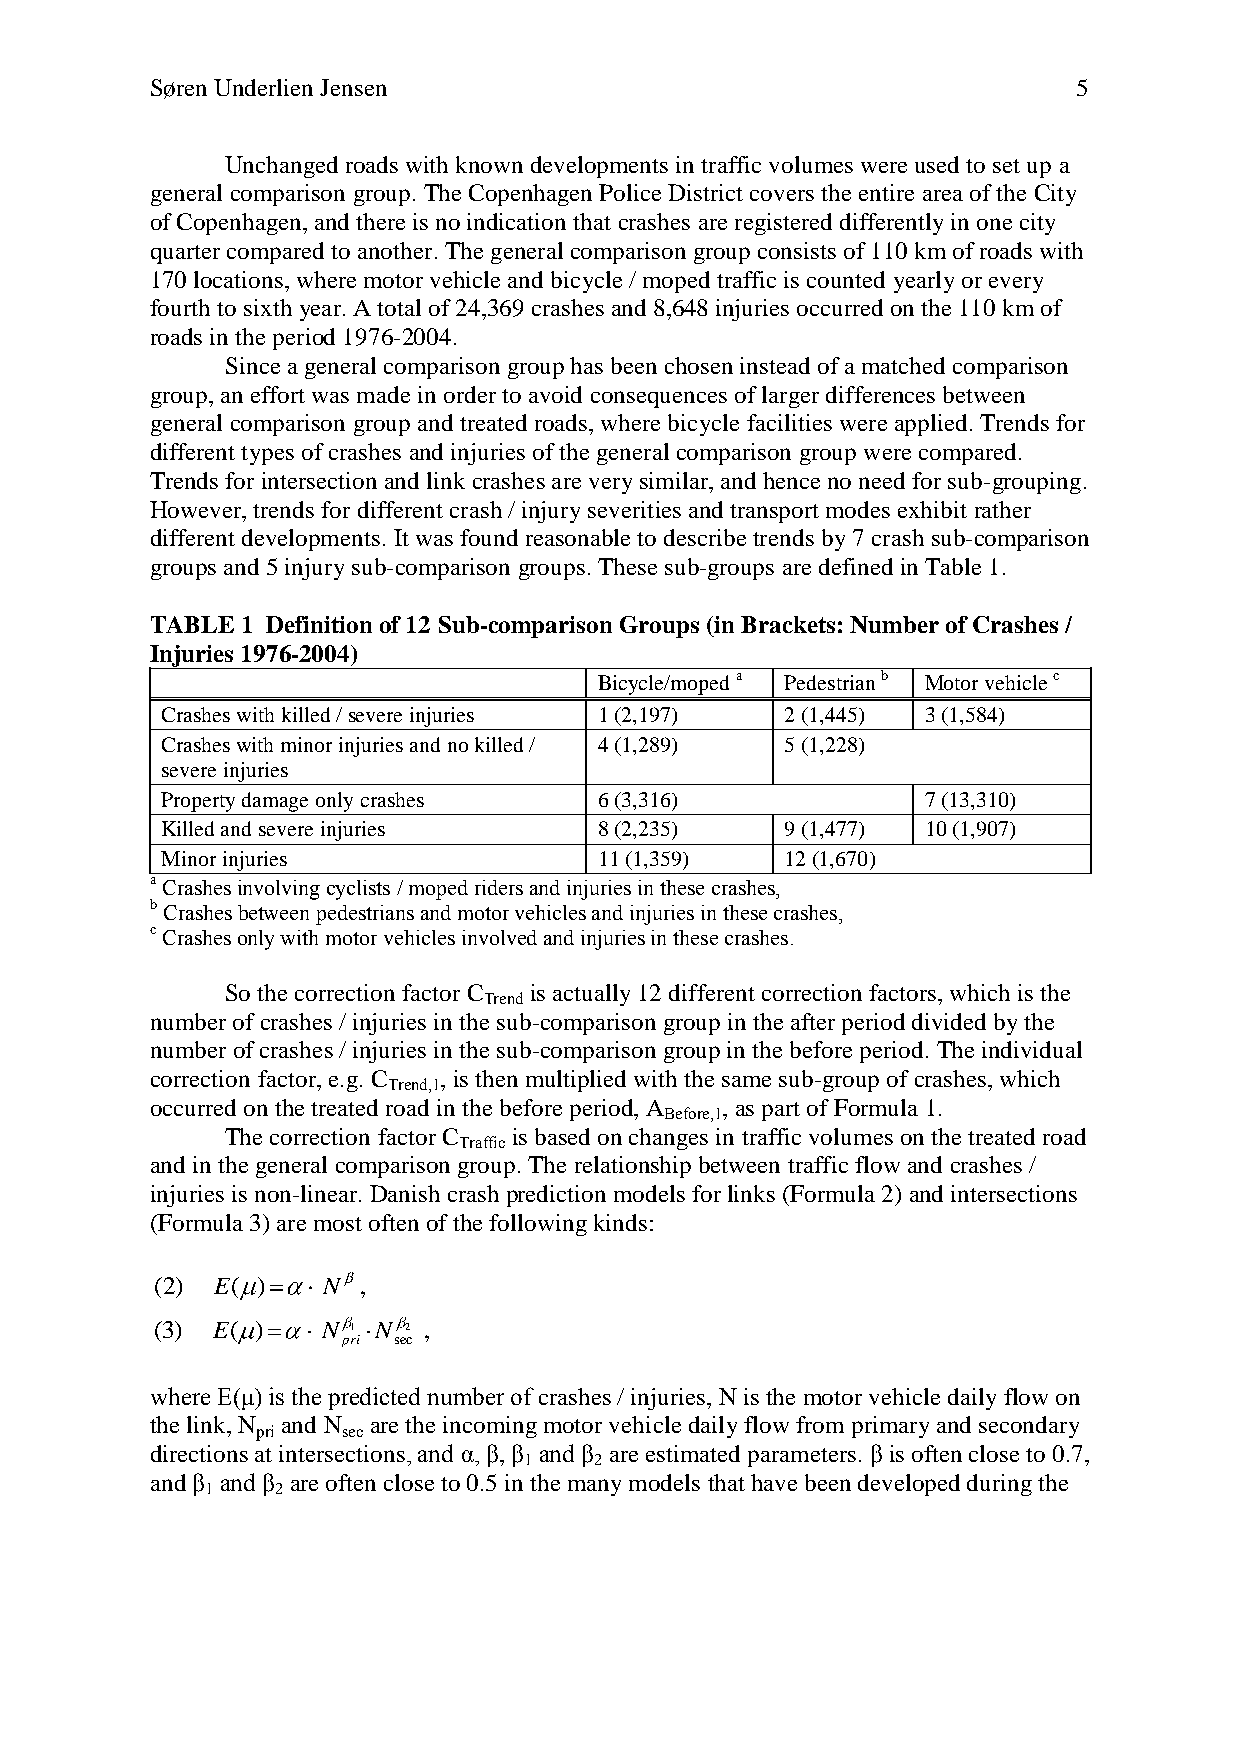
Søren Underlien Jensen                                       5
 Unchanged roads with known developments in traffic volumes were used to set up a
 general comparison group. The Copenhagen Police District covers the entire area of the City
 of Copenhagen, and there is no indication that crashes are registered differently in one city
 quarter compared to another. The general comparison group consists of 110 km of roads with
 170 locations, where motor vehicle and bicycle / moped traffic is counted yearly or every
 fourth to sixth year. A total of 24,369 crashes and 8,648 injuries occurred on the 110 km of
 roads in the period 1976-2004.
 Since a general comparison group has been chosen instead of a matched comparison
 group, an effort was made in order to avoid consequences of larger differences between
 general comparison group and treated roads, where bicycle facilities were applied. Trends for
 different types of crashes and injuries of the general comparison group were compared.
 Trends for intersection and link crashes are very similar, and hence no need for sub-grouping.
 However, trends for different crash / injury severities and transport modes exhibit rather
 different developments. It was found reasonable to describe trends by 7 crash sub-comparison
 groups and 5 injury sub-comparison groups. These sub-groups are defined in Table 1.
 TABLE 1 Definition of 12 Sub-comparison Groups (in Brackets: Number of Crashes /
 Injuries 1976-2004)
 Bicycle/moped a Pedestrian b Motor vehicle c
 Crashes with killed / severe injuries 1 (2,197) 2 (1,445) 3 (1,584)
 Crashes with minor injuries and no killed / 4 (1,289) 5 (1,228)
 severe injuries
 Property damage only crashes 6 (3,316)            7 (13,310)
 Killed and severe injuries   8 (2,235)   9 (1,477) 10 (1,907)
 Minor injuries               11 (1,359)  12 (1,670)
 a Crashes involving cyclists / moped riders and injuries in these crashes,
 b Crashes between pedestrians and motor vehicles and injuries in these crashes,
 c Crashes only with motor vehicles involved and injuries in these crashes.
 So the correction factor C is actually 12 different correction factors, which is the
 Trend
 number of crashes / injuries in the sub-comparison group in the after period divided by the
 number of crashes / injuries in the sub-comparison group in the before period. The individual
 correction factor, e.g. C , is then multiplied with the same sub-group of crashes, which
 Trend,1
 occurred on the treated road in the before period, A , as part of Formula 1.
 Before,1
 The correction factor C is based on changes in traffic volumes on the treated road
 Traffic
 and in the general comparison group. The relationship between traffic flow and crashes /
 injuries is non-linear. Danish crash prediction models for links (Formula 2) and intersections
 (Formula 3) are most often of the following kinds:
 (2) E( )   N  ,
 (3) E( )   N 1 N 2 ,
 pri sec
 where E(μ) is the predicted number of crashes / injuries, N is the motor vehicle daily flow on
 the link, N and N are the incoming motor vehicle daily flow from primary and secondary
 pri   sec
 directions at intersections, and α, β, β and β are estimated parameters. β is often close to 0.7,
 1   2
 and β and β are often close to 0.5 in the many models that have been developed during the
 1   2